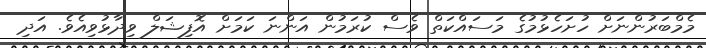
މެމްބަރުންނަށް ހުށަހެޅުމުގެ މަސައްކަތް ވެސް ކުރަމުން އަންނަ ކަމަށް އޮފިޝަލް ވިދާޅުވިއެވެ. އަދި